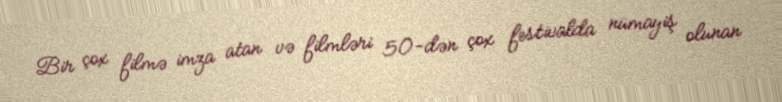
Bir çox filmə imza atan və filmləri 50-dən çox festivalda nümayiş olunan